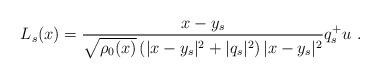
LaTeX: \begin{align*}L_s(x)=\frac{x-y_s}{\sqrt{\rho_0 (x)}\left( |x-y_s|^2+|q_s|^2\right) |x-y_s|^2}q^+_s u~.\end{align*}